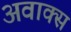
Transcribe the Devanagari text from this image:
अवाक्स